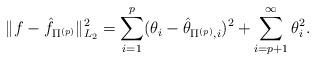
LaTeX: \begin{align*}\|f-\hat{f}_{\Pi^{(p)}}\|_{L_2}^2 = \sum_{i=1}^{p}(\theta_{i}-\hat{\theta}_{\Pi^{(p)},i})^2+ \sum_{i=p+1}^{\infty}\theta_{i}^{2}.\end{align*}